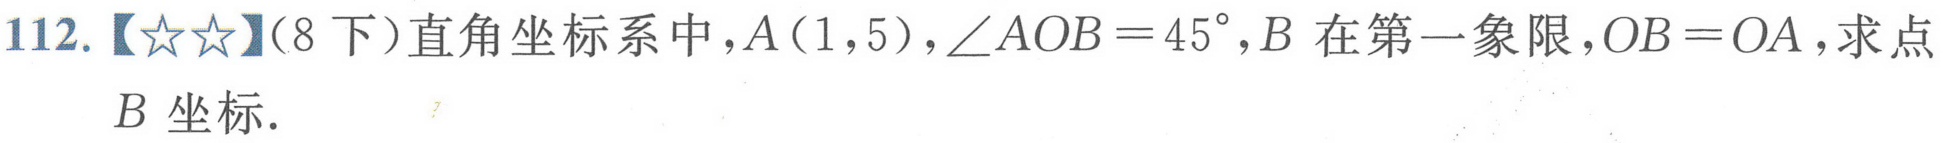
112.【★★】（8下）直角坐标系中，$A(1,5)$，$\angle AOB = 45^{\circ}$，$B$在第一象限，$OB = OA$，求点
$B$坐标．